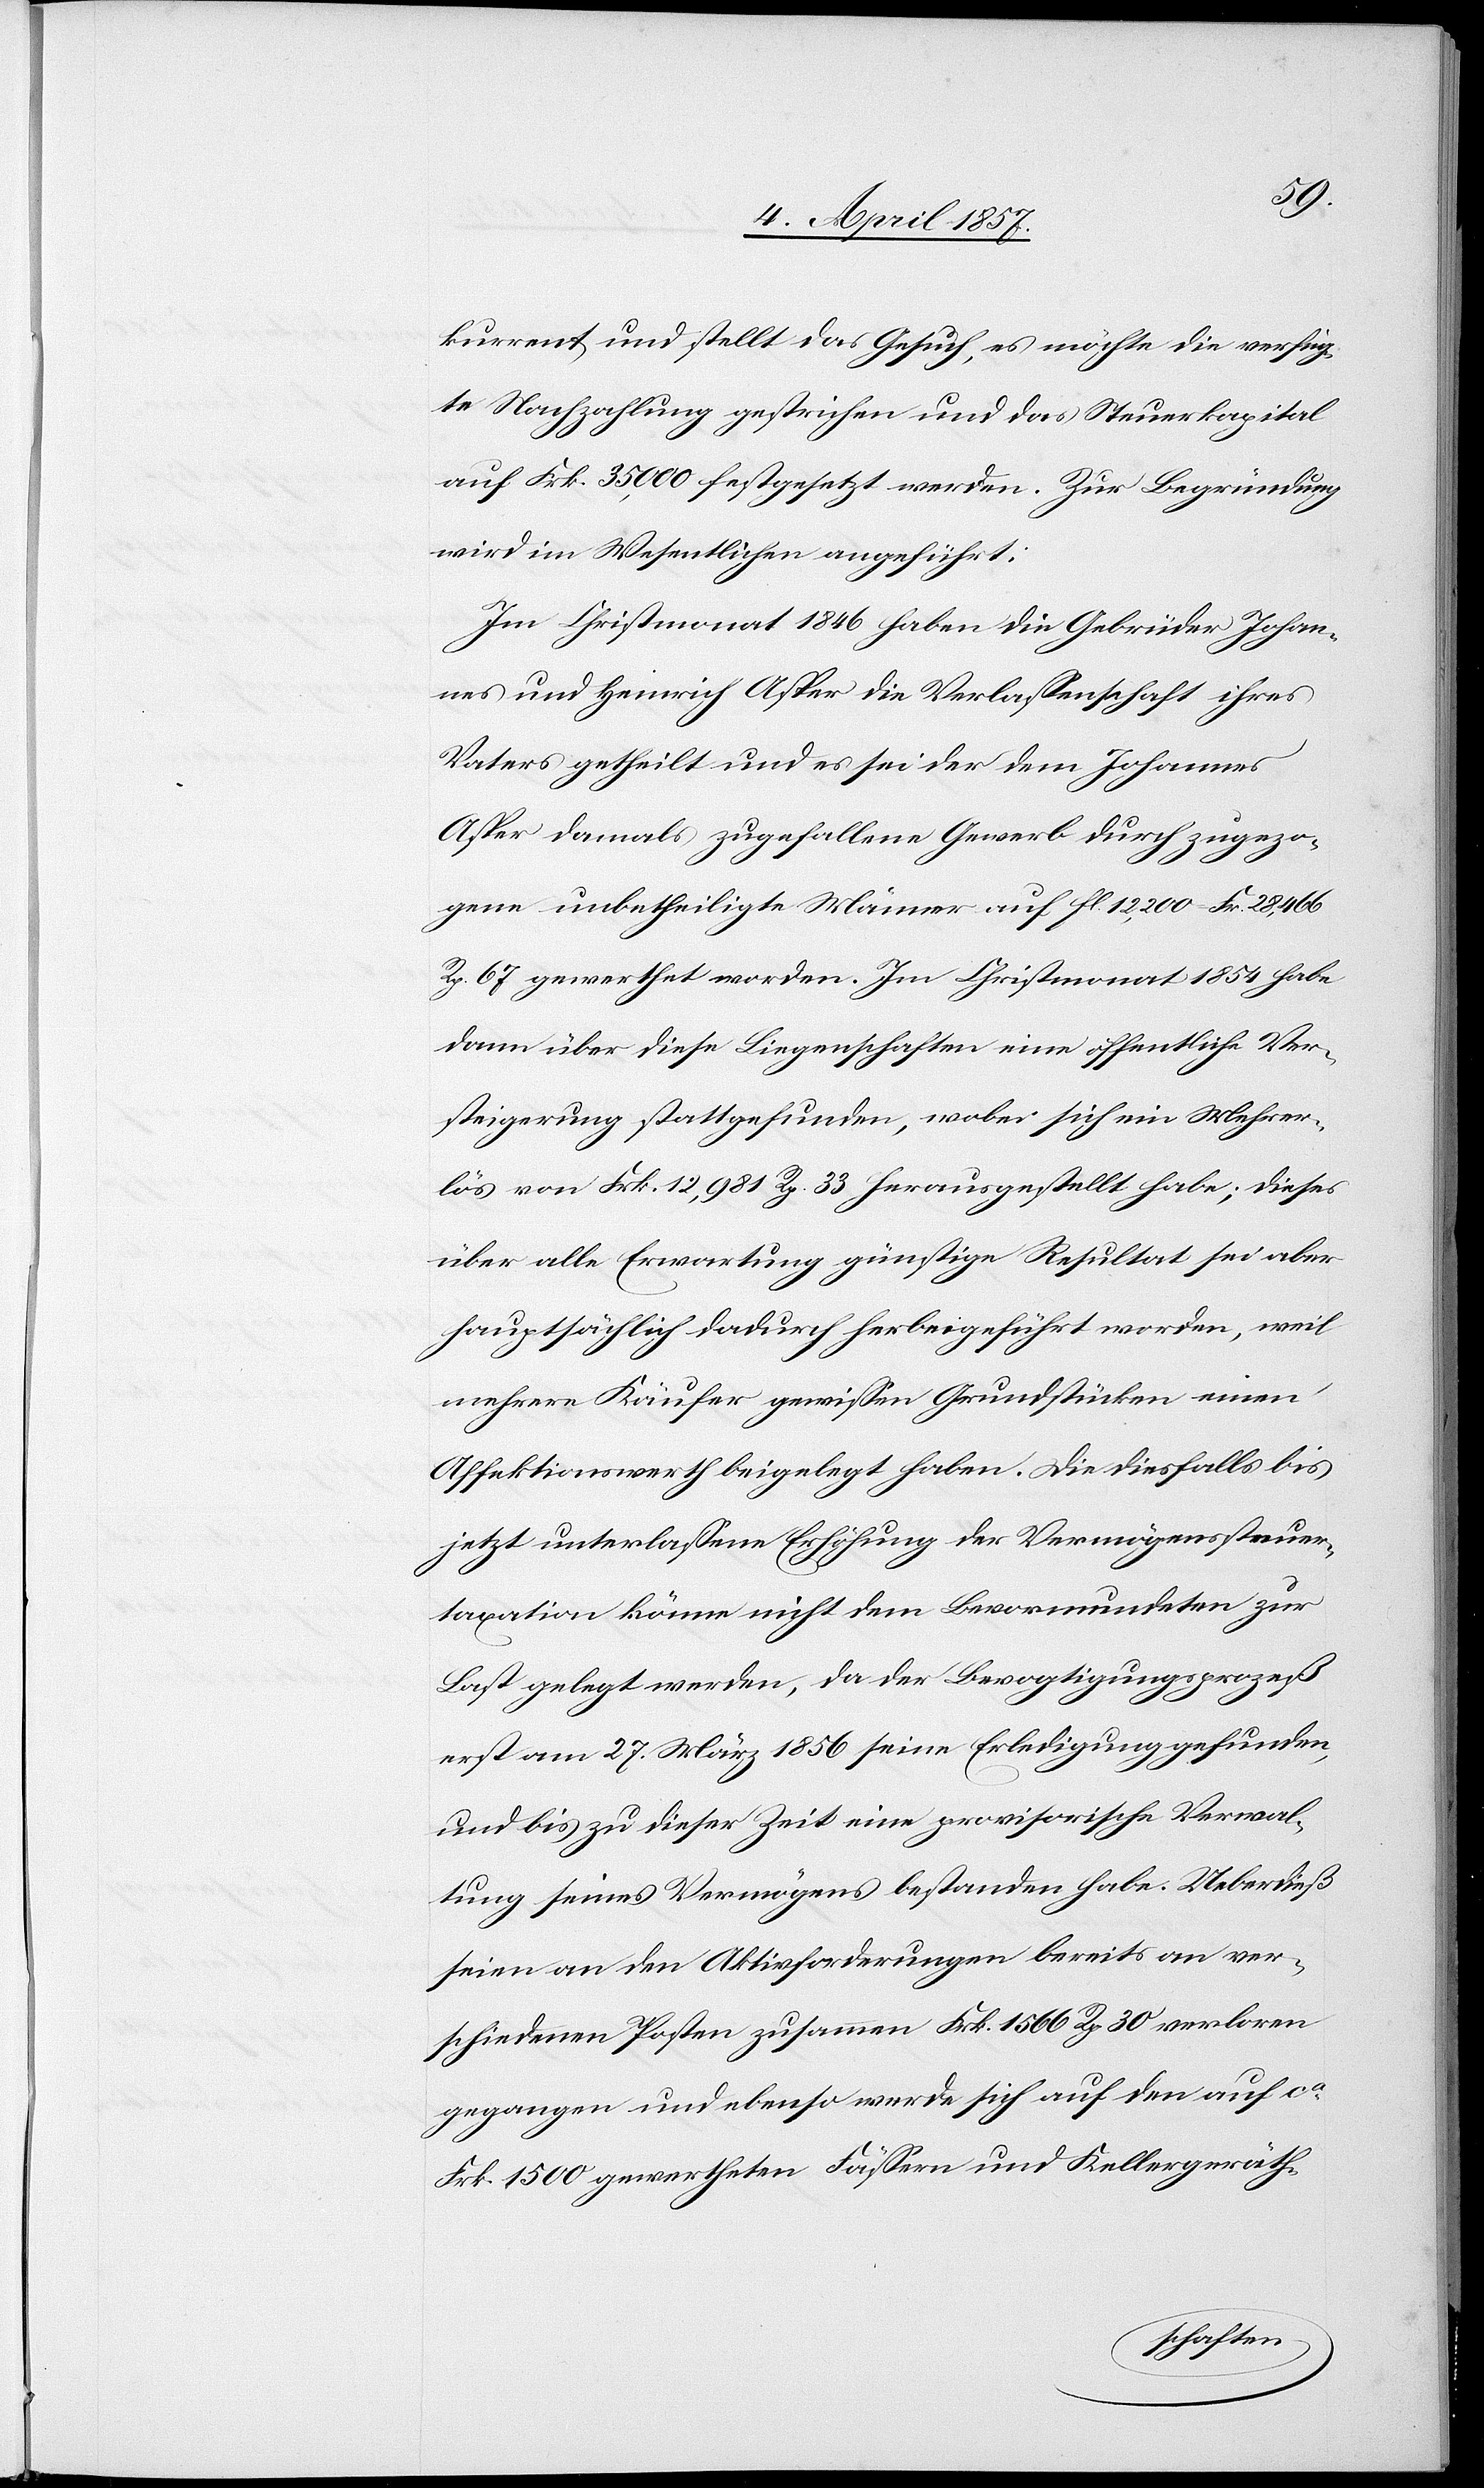
kurrent und stellt das Gesuch, es möchte die verfüg¬
te Nachzahlung gestrichen und das Steuerkapital
auf Frk. 35,000 festgesetzt werden. Zur Begründung
wird im Wesentlichen angeführt:
Im Christmonat 1846 haben die Gebrüder Johan¬
nes und Heinrich Asper die Verlassenschaft ihres
Vaters getheilt und es sei der dem Johannes
Asper damals zu gefallene Gewerb durch zugezo¬
gene unbetheiligte Männer auf fl. 12,200 = Fr. 28,466
Rp. 67 gewerthet worden. Im Christmonat 1854 habe
dann über diese Liegenschaften eine öffentliche Ver¬
steigerung stattgefunden, wobei sich ein Mehrer¬
lös von Frk. 12,981 Rp. 33 herausgestellt habe; dieses
über alle Erwartung günstige Resultat sei aber
hauptsächlich dadurch herbeigeführt worden, weil
mehrere Käufer gewissen Grundstücken einen
Affektionswerth beigelegt haben. Die diesfalls bis
jetzt unterlassene Erhöhung der Vermögenssteuer¬
taxation könne nicht dem Bevormundeten zur
Last gelegt werden, da der Bevogtigungsprozeß
erst am 27. März 1856 seine Erledigung gefunden,
und bis zu dieser Zeit eine provisorische Verwal¬
tung seines Vermögens bestanden habe. Ueberdieß
seien an den Aktivforderungen bereits an ver¬
schiedenen Posten zusammen Frk. 1566 Rp 30 verloren
gegangen und ebenso werde sich auf den auf ca
Frk. 1500 gewertheten Fässern und Kellergeräth-